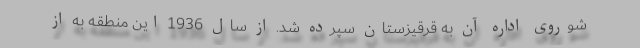
شوروی اداره آن به قرقیزستان سپرده شد. از سال 1936 این منطقه به از